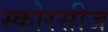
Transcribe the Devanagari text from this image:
स्कोरसीज